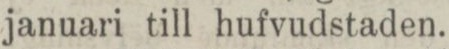
januari till hufvudstaden.